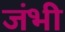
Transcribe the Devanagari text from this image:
जंभी